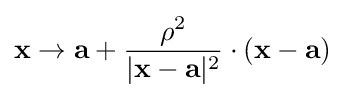
\mathbf {x} \to \mathbf {a} +{\rho ^{2} \over |\mathbf {x} -\mathbf {a} |^{2}}\cdot (\mathbf {x} -\mathbf {a} )